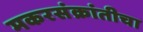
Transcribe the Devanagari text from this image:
मकरसंक्रांतीचा